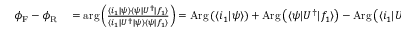
\begin{array} { r l } { \phi _ { \mathrm { F } } - \phi _ { \mathrm { R } } } & { { } = \mathrm { a r g } \left( \frac { \langle i _ { 1 } | \psi \rangle \langle \psi | U ^ { \dagger } | f _ { 1 } \rangle } { \langle i _ { 1 } | U ^ { \dagger } | \psi \rangle \langle \psi | f _ { 1 } \rangle } \right) = \mathrm { A r g } \left( \langle i _ { 1 } | \psi \rangle \right) + \mathrm { A r g } \left( \langle \psi | U ^ { \dagger } | f _ { 1 } \rangle \right) - \mathrm { A r g } \left( \langle i _ { 1 } | U ^ { \dagger } | \psi \rangle \right) - \mathrm { A r g } \left( \langle \psi | f _ { 1 } \rangle \right) \, . } \end{array}